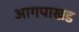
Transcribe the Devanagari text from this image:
आगपाखड